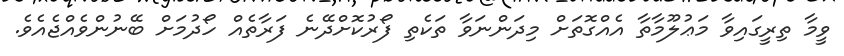
ވީމާ ތިރީގައިވާ މަޢުލޫމާތާ އެއްގޮތަށް މިދަންނަވާ ތަކެތި ފޯރުކޮށްދޭނެ ފަރާތެއް ހޯދުމަށް ބޭނުންވެއްޖެއެވެ.